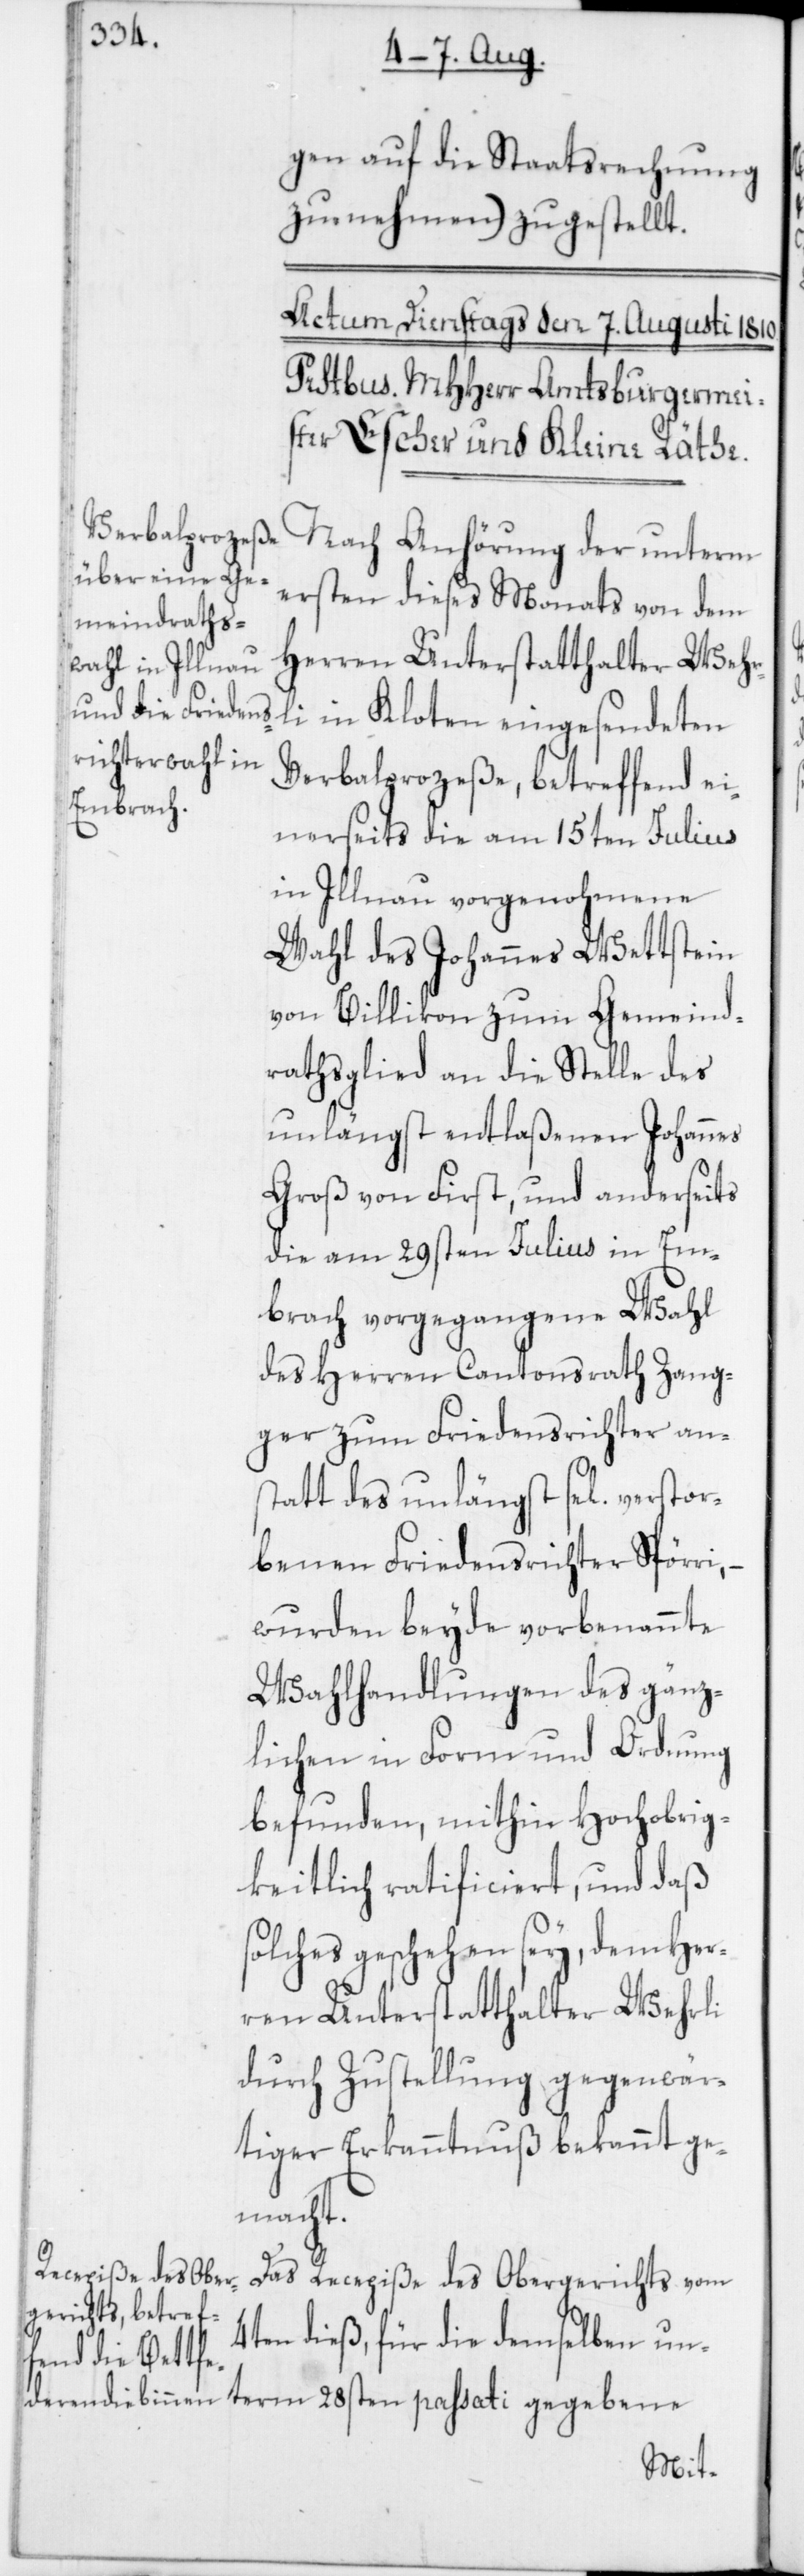
gen auf die Staatsrechnung
zu nehmen) zugestellt.
Nach Anhörung der unterm
ersten dieses Monats von dem
Herren Unterstatthalter Wehr¬
li in Kloten eingesendeten
Verbalprozeße, betreffend ei¬
nerseits die am 15ten Julius
in Illnau vorgenohmene
Wahl des Johannes Wettstein
von Billikon zum Gemeind¬
rathsglied an die Stelle des
unlängst entlaßenen Johannes
Groß von First, und anderseits
die am 29sten Julius in Em¬
brach vorgegangene Wahl
des Herren Cantonsrath Zang¬
ger zum Friedensrichter an¬
statt des unlängst sel. verstor¬
benen Friedensrichter Spörri,
wurden beyde vorbenannte
Wahlhandlungen des gänz¬
lichen in Form und Ordnung
befunden, mithin Hochobrig¬
keitlich ratificiert, und daß
solches geschehen sey, dem Her¬
ren Unterstatthalter Wehrli
durch Zustellung gegenwär¬
tiger Erkanntnuß bekannt ge¬
macht.
Das Recepiße des Obergerichts vom
4ten dieß, für die demselben